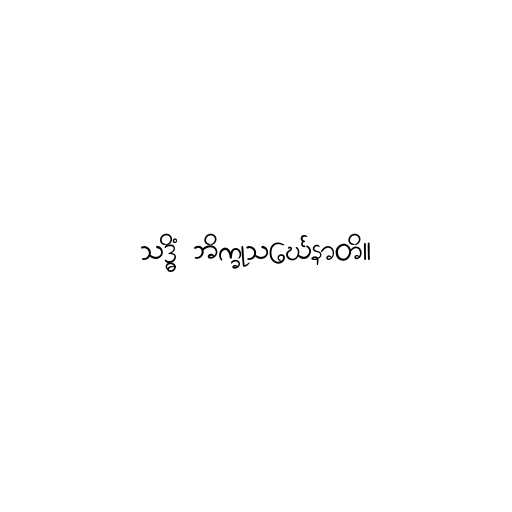
သဒ္ဓိံ ဘိက္ခုသင်္ဃေနာတိ။